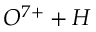
O ^ { 7 + } + H